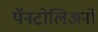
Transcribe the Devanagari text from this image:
पॅनटोलिअनो